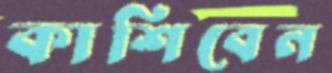
কাশিবেন